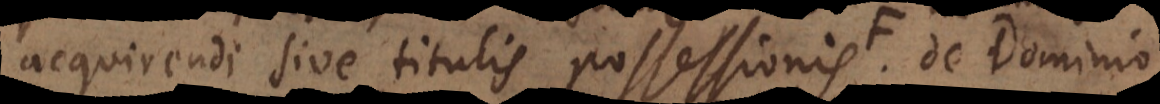
acquirendi sive titulis possessionis; de Dominio